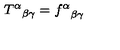
{ T ^ { \alpha } } _ { \beta \gamma } = { f ^ { \alpha } } _ { \beta \gamma }